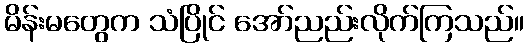
မိန်းမတွေက သံပြိုင် အော်ညည်းလိုက်ကြသည်။